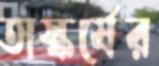
তাস্কর্যের